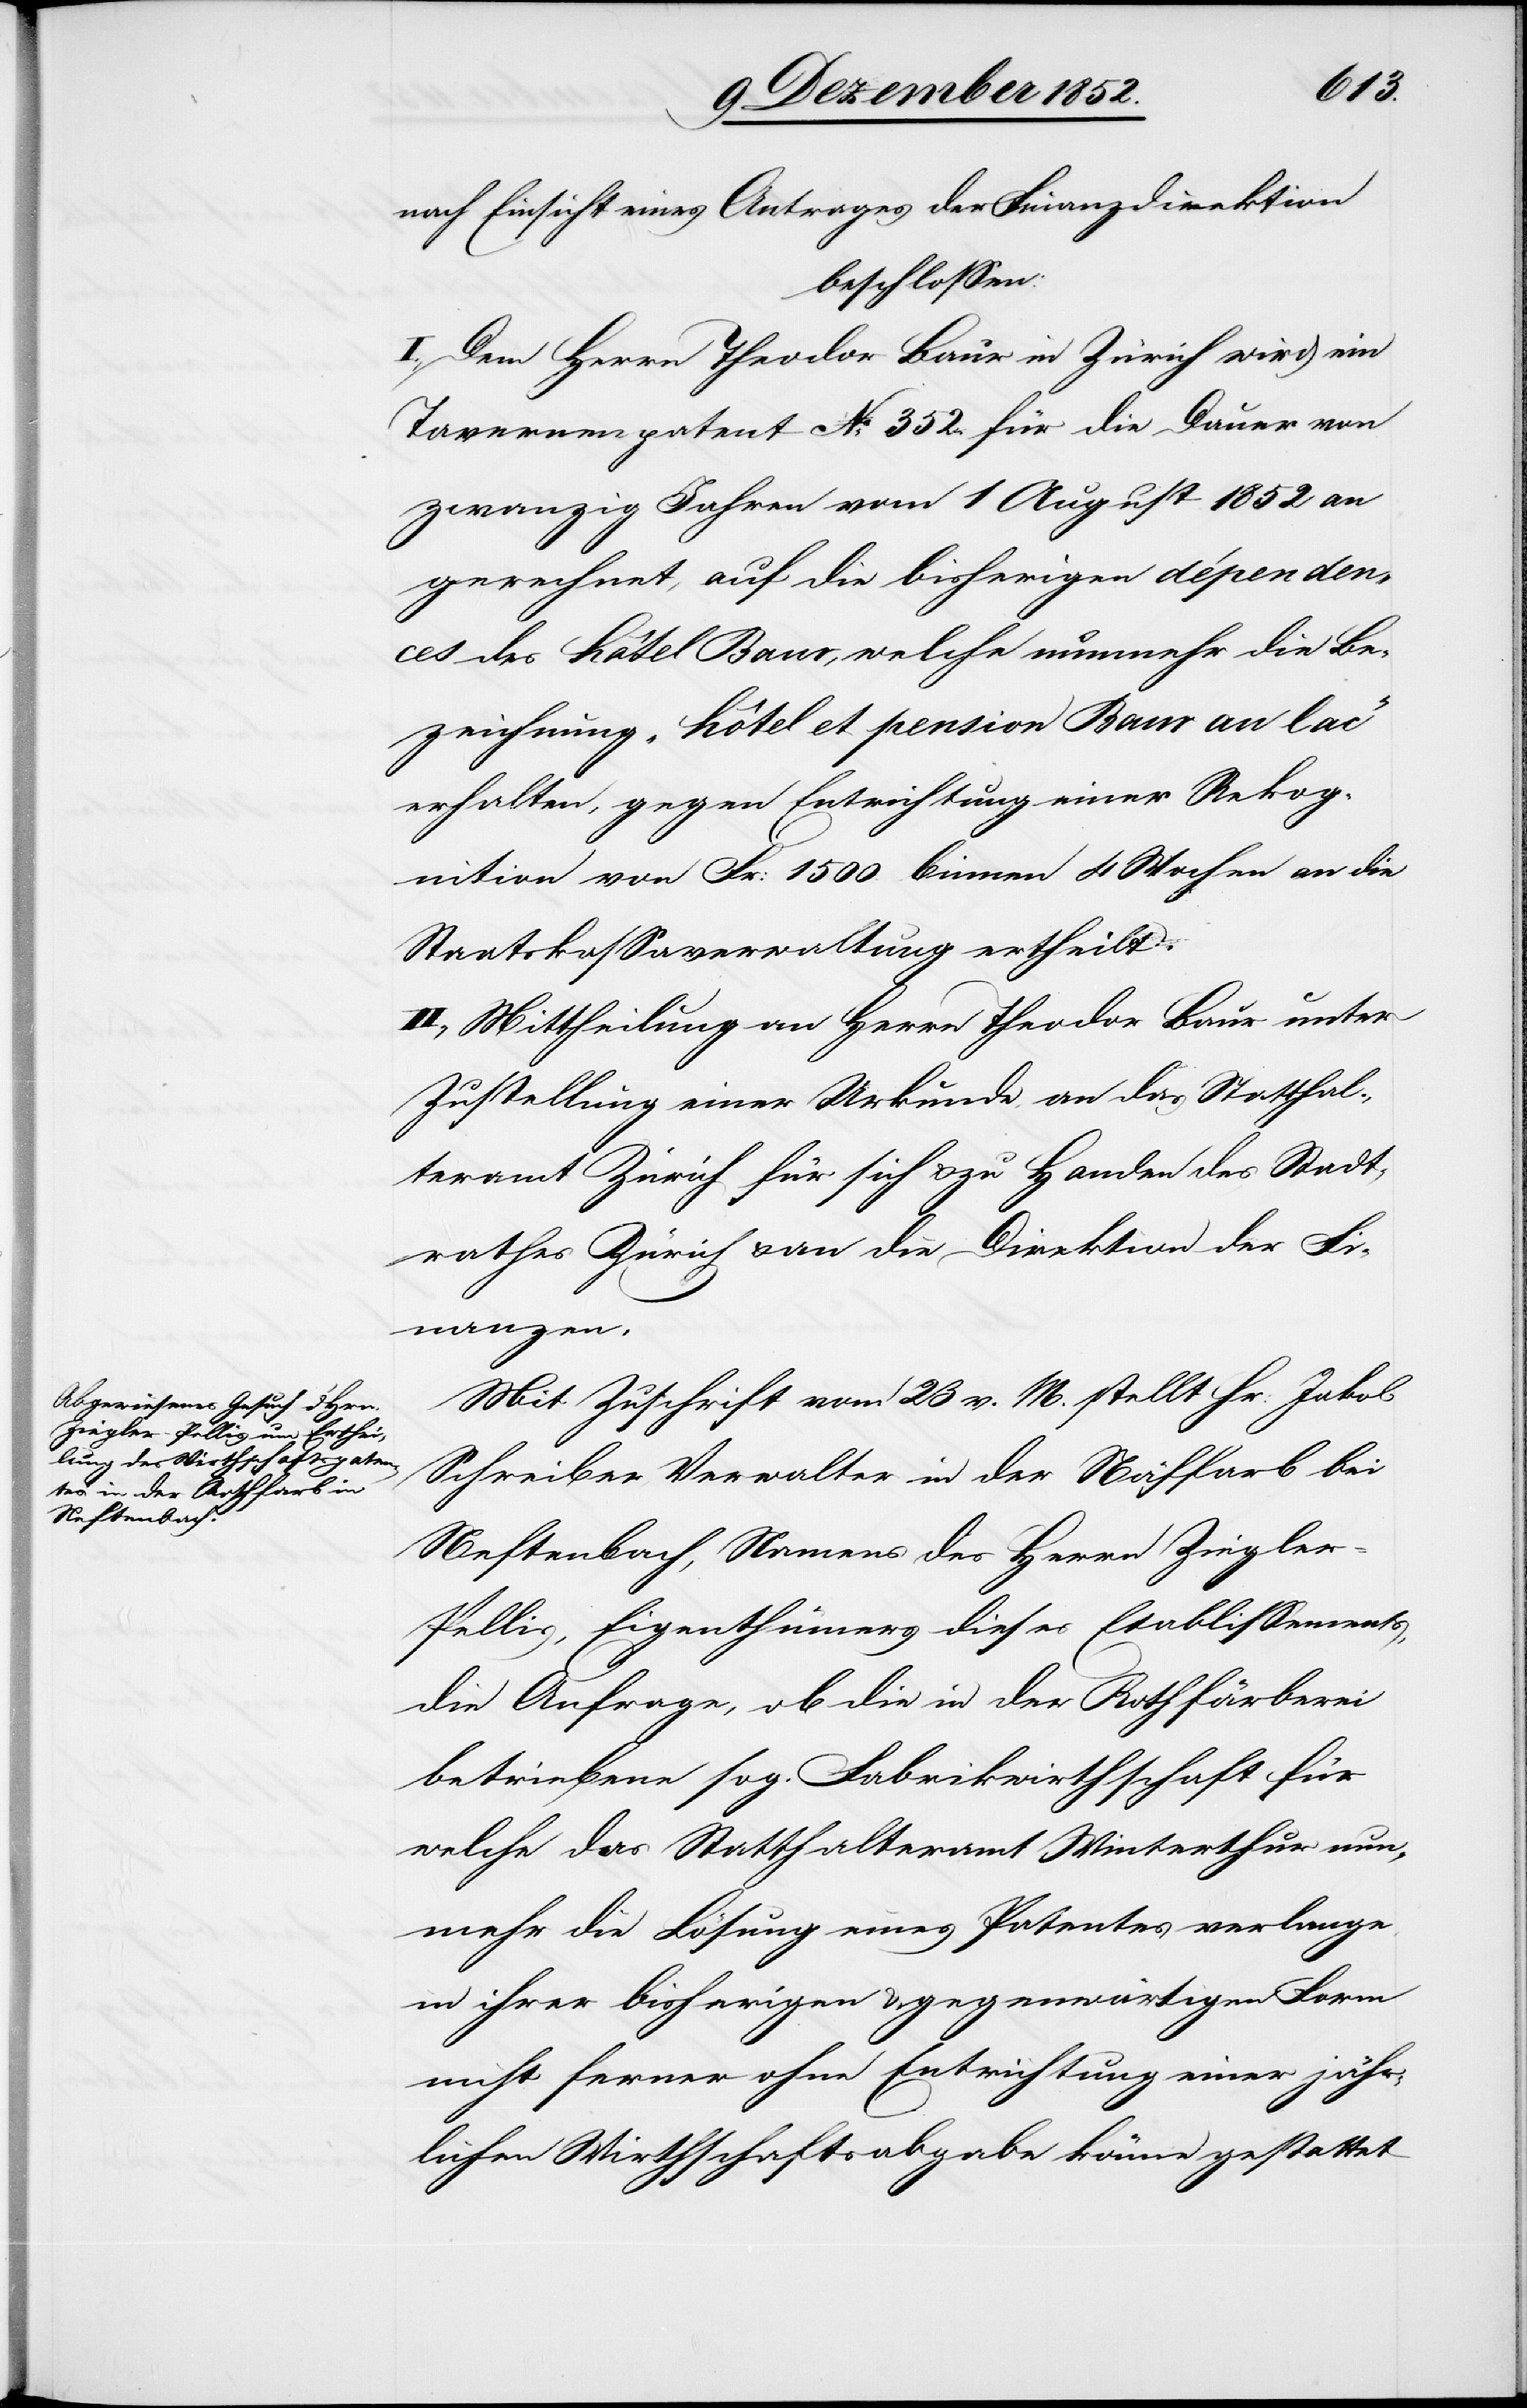
nach Einsicht eines Antrages der Finanzdirektion
beschlossen:
I., Dem Herrn Theodor Baur in Zürich wird ein
Tavernenpatent No. 352. für die Dauer von
zwanzig Jahren vom 1 August 1852 an
gerechnet, auf die bisherigen dépenden¬
ces des Hôtel Baur, welche nunmehr die Be¬
zeichnung „Hôtel et pension Baur au lac“
erhalten, gegen Entrichtung einer Rekog¬
nition von Fr: 1500 binnen 4 Wochen an die
Staatskassaverwaltung ertheilt.
II., Mittheilung an Herrn Theodor Baur unter
Zustellung einer Urkunde an das Statthal¬
teramt Zürich für sich & zu Handen des Stadt¬
rathes Zürich & an die Direktion der Fi¬
nanzen.
Mit Zuschrift vom 23 v. M. stellt Hr: Jakob
Schreiber Verwalter in der Näffarb bei
Neftenbach, Namens des Herrn Ziegle¬
r-Pellis, Eigenthümers dieses Etablissements,
die Anfrage, ob die in der Rothfärberei
betriebene sog. Fabrikwirthschaft für
welche das Statthalteramt Winterthur nun¬
mehr die Lösung eines Patentes verlange,
in ihrer bisherigen & gegenwärtigen Form
nicht ferner ohne Entrichtung einer jähr¬
lichen Wirthschaftsabgabe könne gestattet